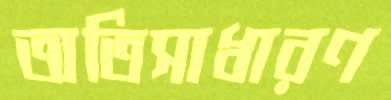
অতিসাধারণ